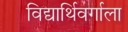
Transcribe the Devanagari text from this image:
विद्यार्थिवर्गाला